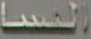
النسا